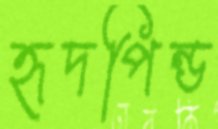
হৃদপিন্ড